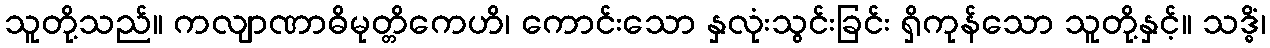
သူတို့သည်။ ကလျာဏာဓိမုတ္တိကေဟိ၊ ကောင်းသော နှလုံးသွင်းခြင်း ရှိကုန်သော သူတို့နှင့်။ သဒ္ဓိံ၊